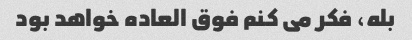
بله، فکر می کنم فوق العاده خواهد بود